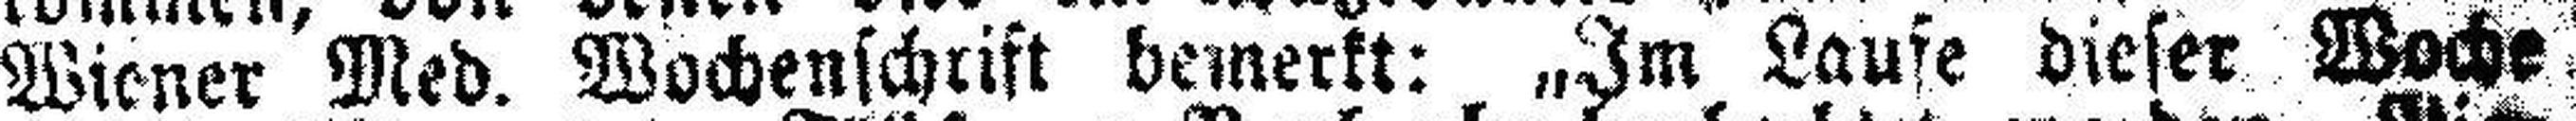
Wiener Med. Wochenschrift bemerkt: „Im Laufe dieser Woche